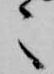
々